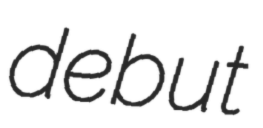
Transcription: debut